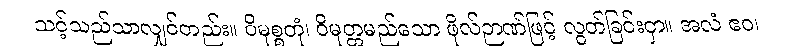
သင့်သည်သာလျှင်တည်း။ ဝိမုစ္စတုံ၊ ဝိမုတ္တမည်သော ဖိုလ်ဉာဏ်ဖြင့် လွတ်ခြင်းငှာ။ အလံ ဧဝ၊